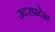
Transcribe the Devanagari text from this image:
उदरप्रदेश